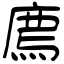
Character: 廌